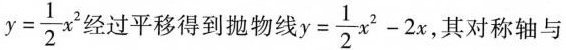
$$y= \frac{1}{2}x^{2}$$经过平移得到抛物线$$y= \frac{1}{2}x^{2}-2x$$ 其对称轴与